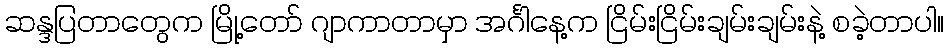
ဆန္ဒပြတာတွေက မြို့တော် ဂျာကာတာမှာ အင်္ဂါနေ့က ငြိမ်းငြိမ်းချမ်းချမ်းနဲ့ စခဲ့တာပါ။